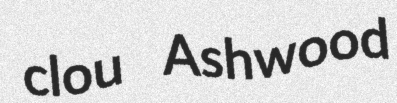
clou Ashwood